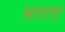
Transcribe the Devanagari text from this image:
बाताता